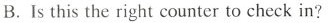
B.Is this the right counter to check in?